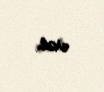
var.